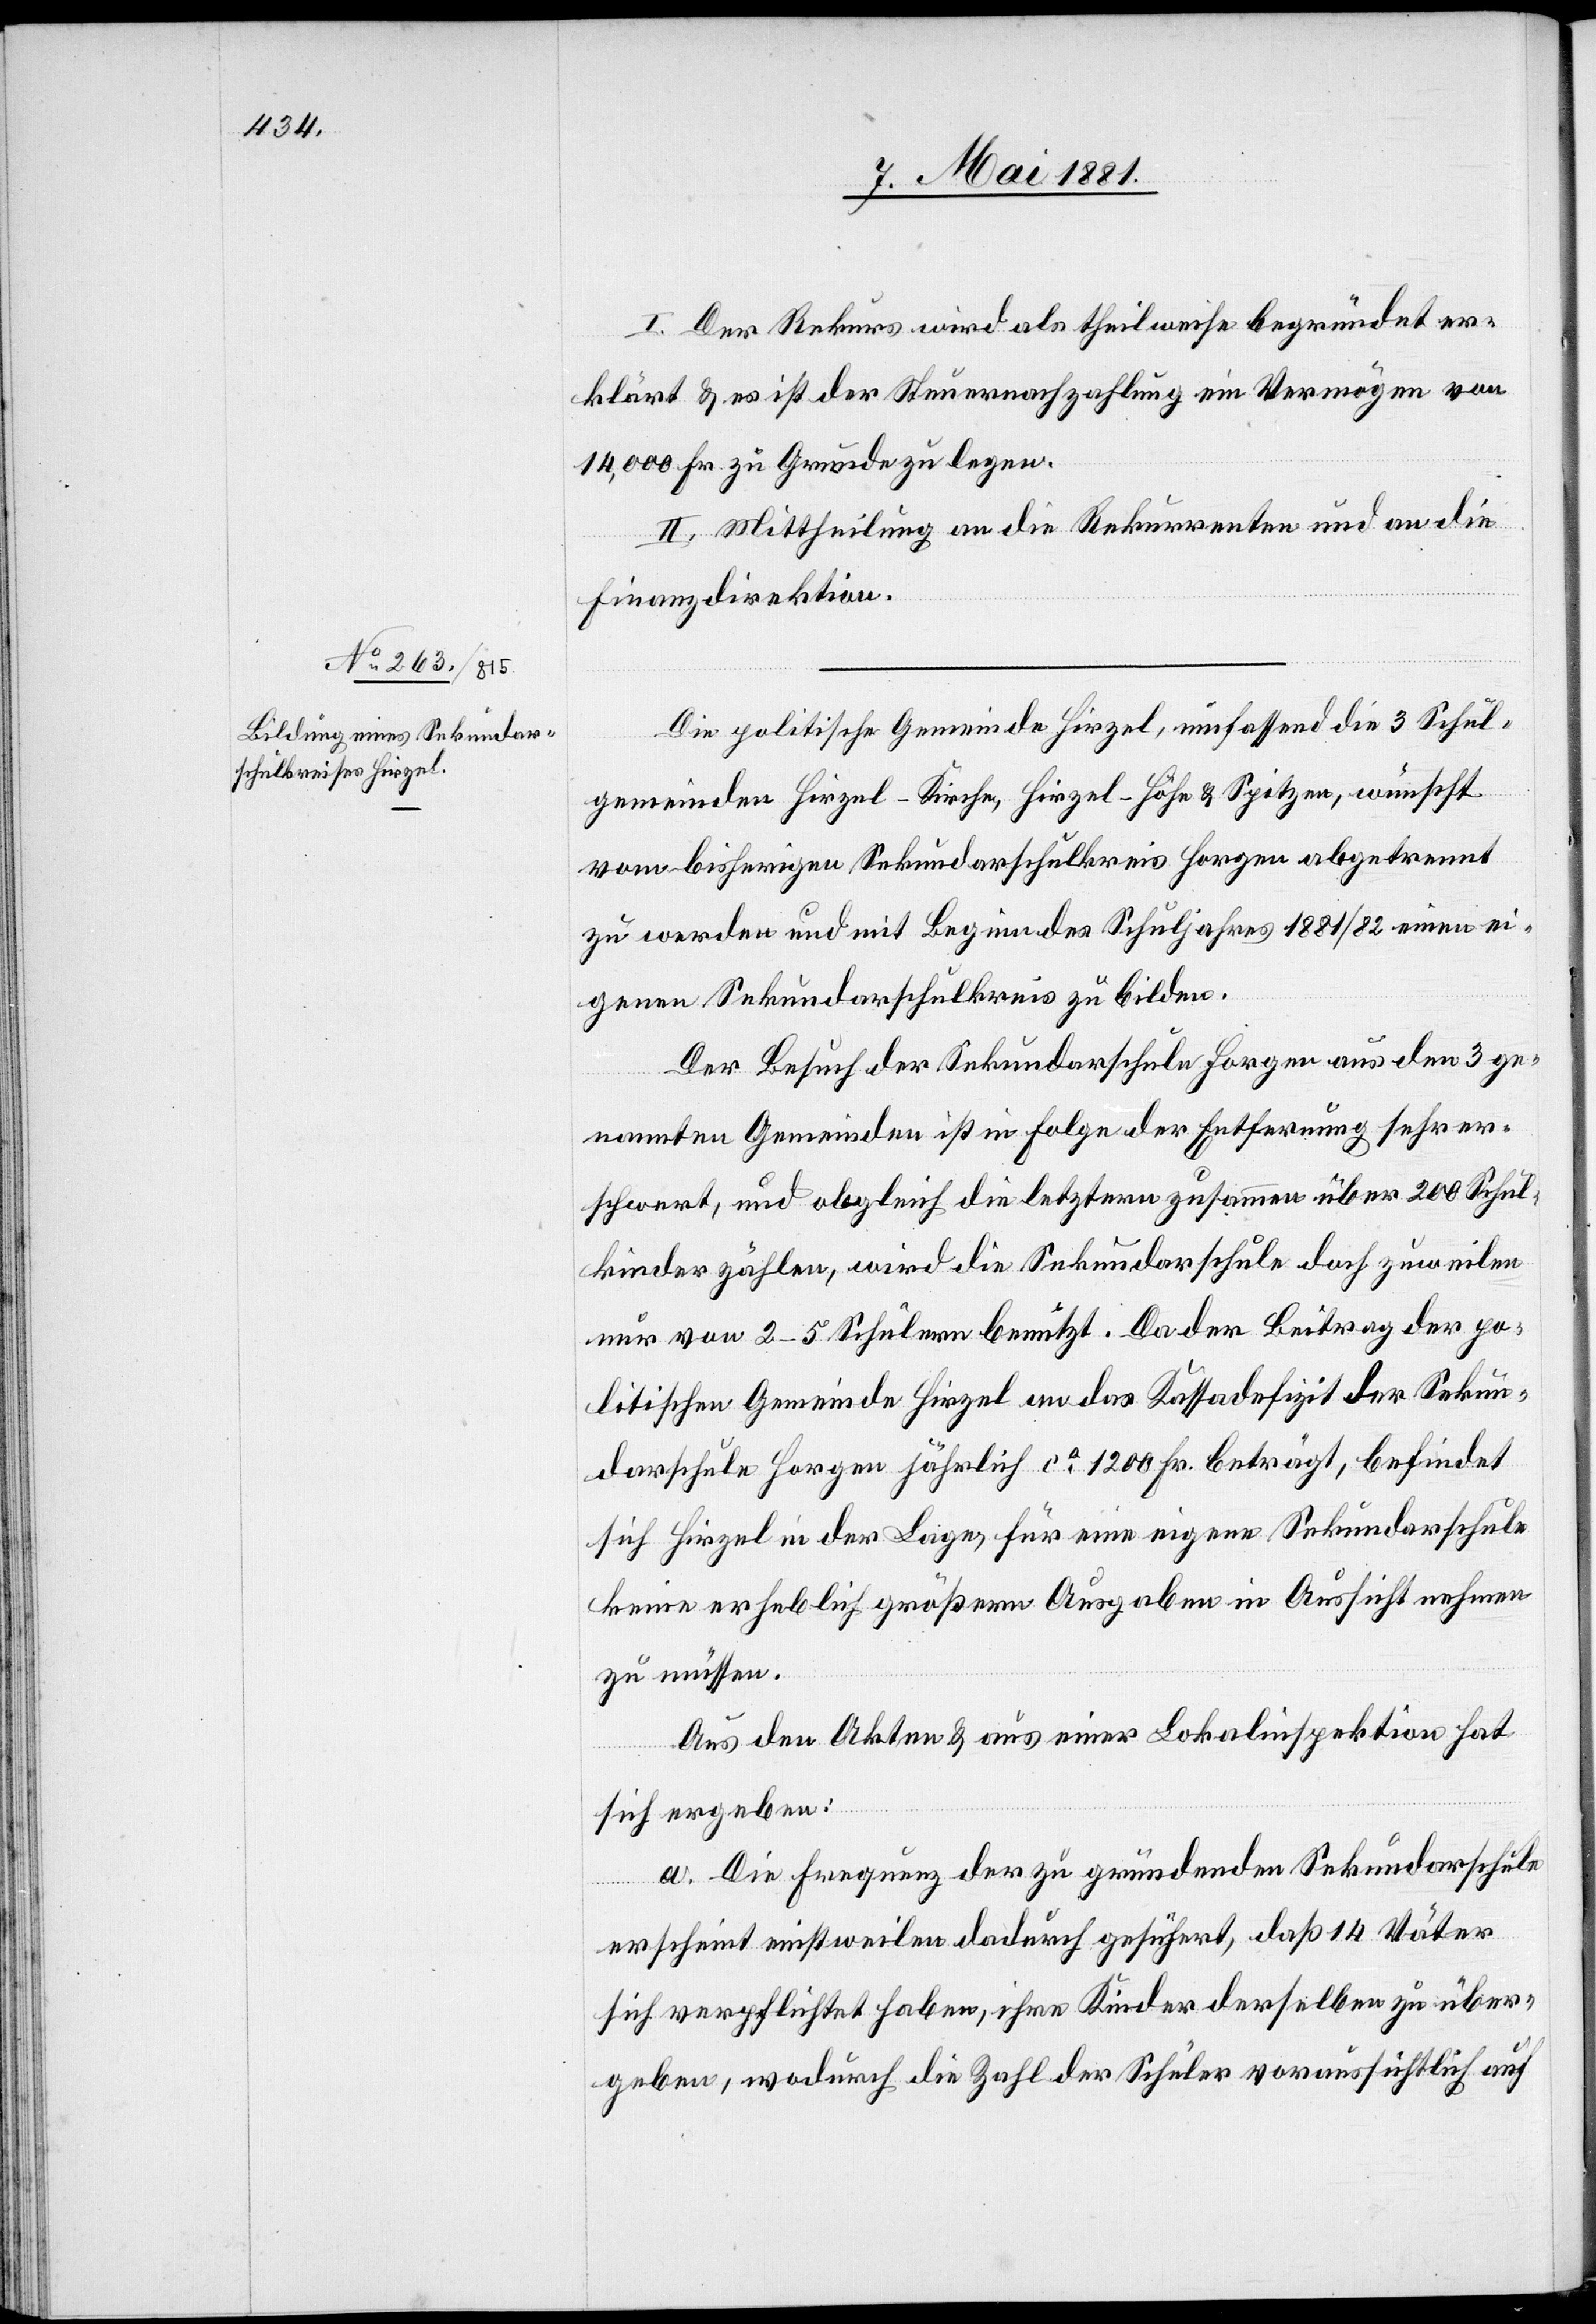
I. Der Rekurs wird als theilweise begründet er¬
klärt & es ist der Steuernachzahlung ein Vermögen von
14,000 Fr. zu Grunde zu legen.
II. Mittheilung an die Rekurrenten und an die
Finanzdirektion.
Die politische Gemeinde Hirzel, umfassend die 3 Schul¬
gemeinden Hirzel-Kirche, Hirzel-Höhe & Spitzen, wünscht
vom bisherigen Sekundarschulkreis Horgen abgetrennt
zu werden und mit Beginn des Schuljahres 1881/82 einen ei¬
genen Sekundarschulkreis zu bilden.
Der Besuch der Sekundarschule Horgen aus den 3 ge¬
nannten Gemeinden ist in Folge der Entfernung sehr er¬
schwert, und obgleich die letzern zusammen über 200 Schul¬
kinder zählen, wird die Sekundarschule doch zuweilen
nur von 2–5 Schülern benutzt. Da der Beitrag der po¬
litischen Gemeinde Hirzel an das Kassadefizit der Sekun¬
darschule Horgen jährlich ca 1200 Fr. beträgt, befindet
sich Hirzel in der Lage, für eine eigene Sekundarschule
keine erheblich größere Ausgaben in Aussicht nehmen
zu müssen.
Aus den Akten & aus einer Lokalinspektion hat
sich ergeben:
a. Die Frequenz der zu gründenden Sekundarschule
erscheint einstweilen dadurch gesichert, daß 14 Väter
sich verpflichtet haben, ihre Kinder derselben zu über¬
geben, wodurch die Zahl der Schüler voraussichtlich auf